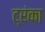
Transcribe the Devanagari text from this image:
ट्रंका